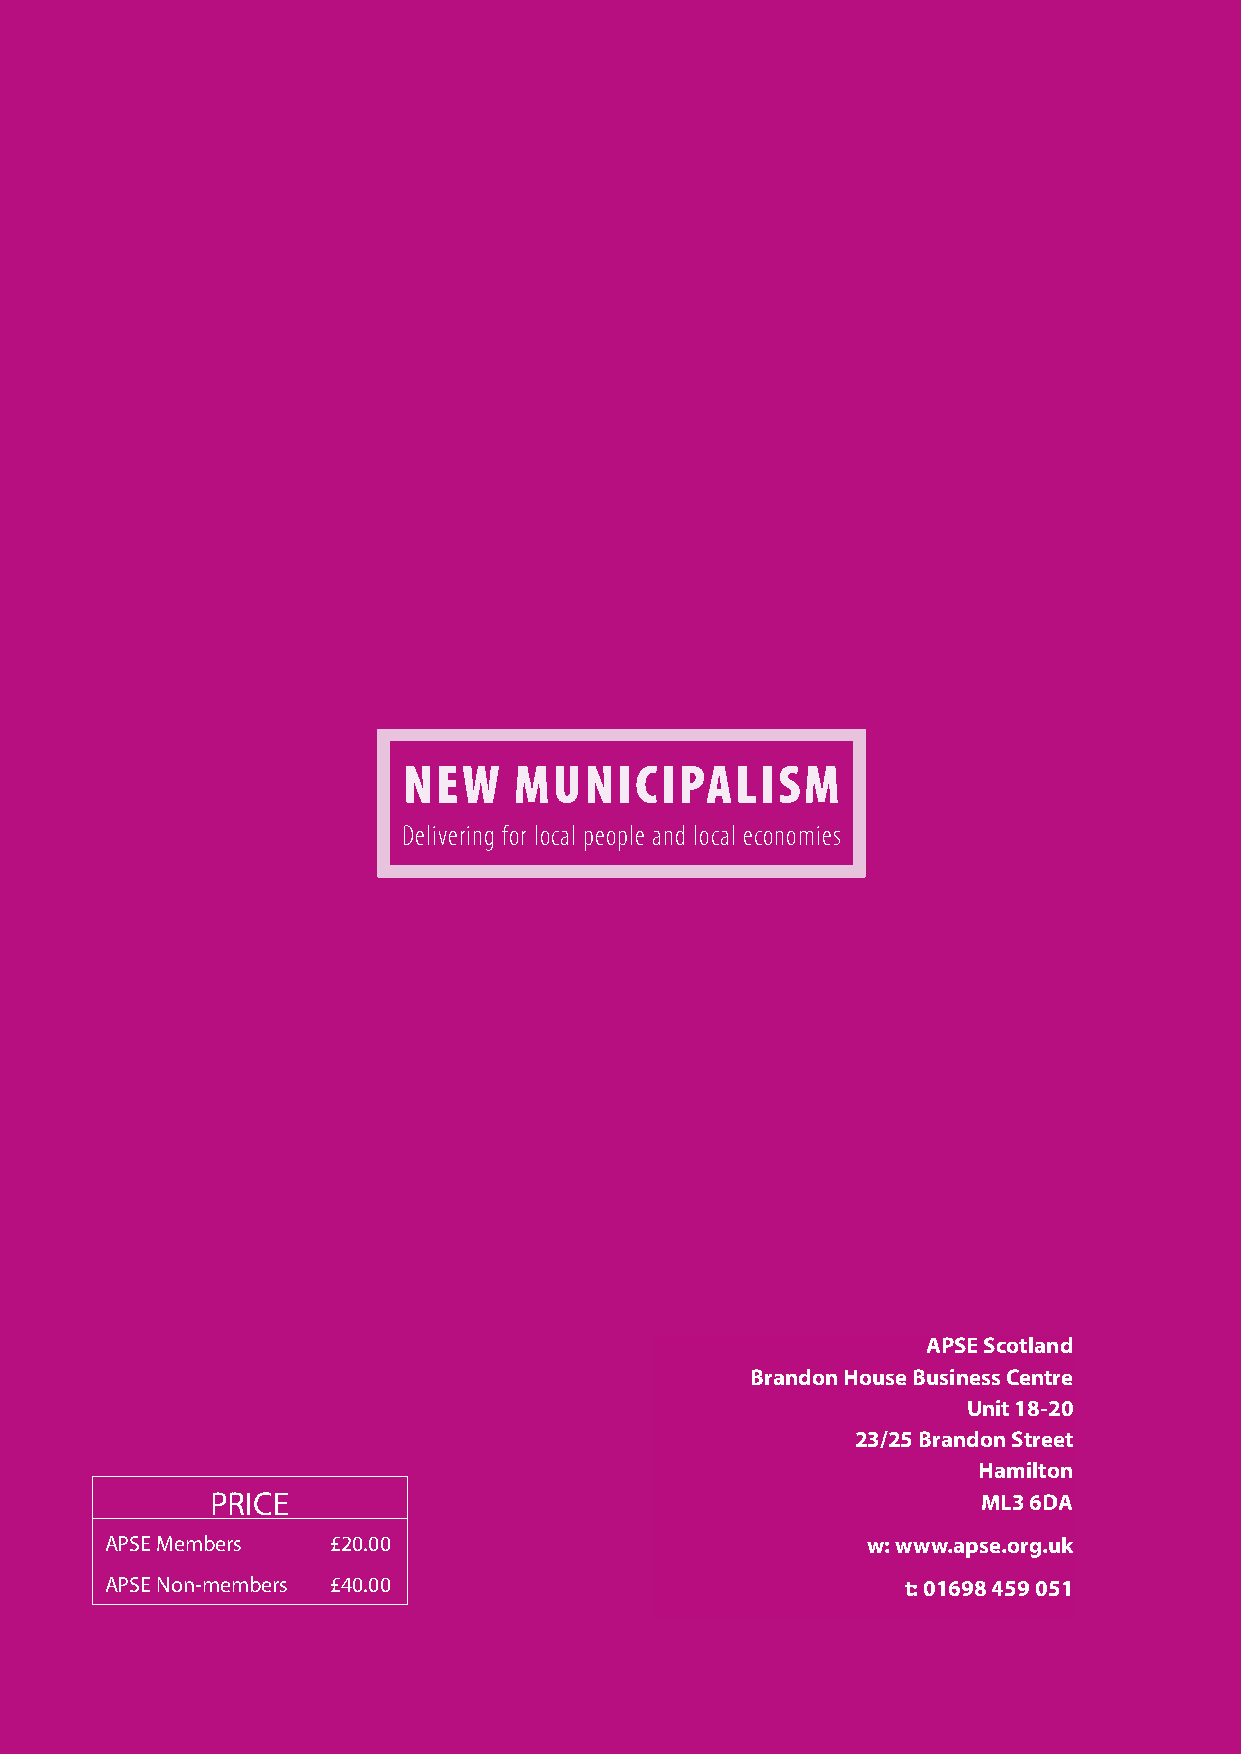
NEW    MUNICIPALISM
 Delivering for local people and local economies
 APSE Scotland
 Brandon House Business Centre
 Association for Public Service Excellence
 Unit 18-20
 3rd Floor, Trafford House
 23/25 Brandon Street
 Chester Road
 Hamilton
 Manchester
 PRICE                                              ML3 6DA
 M32 0RS
 APSE Members   £20.00                             w: wwww.awpws.aep.soe.orgrg..uukk
 telephone: 0161 772 1810
 APSE Non-members £40.00                              t: 01698 459 051
 fax: 0161 772 1811
 54